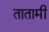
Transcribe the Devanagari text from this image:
तातामी